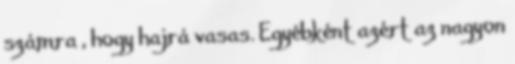
számra , hogy hajrá vasas. Egyébként azért az nagyon